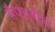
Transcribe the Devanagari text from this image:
मैफलीचं